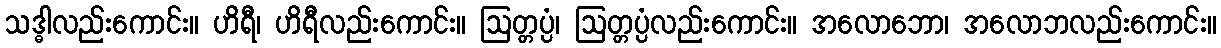
သဒ္ဓါလည်းကောင်း။ ဟိရီ၊ ဟိရီလည်းကောင်း။ ဩတ္တပ္ပံ၊ ဩတ္တပ္ပံလည်းကောင်း။ အလောဘော၊ အလောဘလည်းကောင်း။